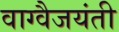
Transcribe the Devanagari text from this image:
वाग्वैजयंती